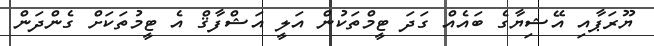
ޔޫރަޕާއި އޭޝިޔާގެ ބައެއް ގަދަ ޓީމްތަކުން އަލީ އަޝްފާޤް އެ ޓީމުތަކަށް ގެންދަން